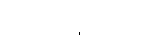
လက်ဖက်ရည်